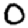
Digit: 0